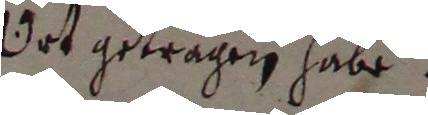
ort getragen habe.